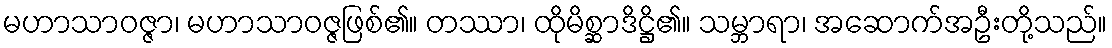
မဟာသာဝဇ္ဇာ၊ မဟာသာဝဇ္ဇဖြစ်၏။ တဿာ၊ ထိုမိစ္ဆာဒိဋ္ဌိ၏။ သမ္ဘာရာ၊ အဆောက်အဦးတို့သည်။